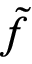
\tilde { f }